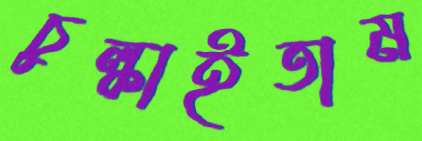
চুল্‌কাইতাম